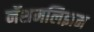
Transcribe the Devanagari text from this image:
नॅशनलिझम